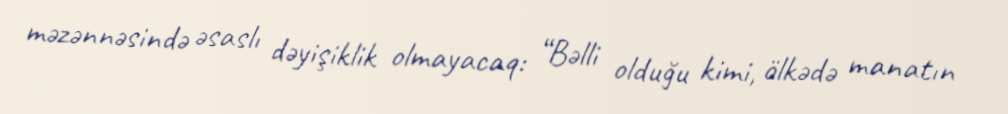
məzənnəsində əsaslı dəyişiklik olmayacaq: “Bəlli olduğu kimi, ölkədə manatın